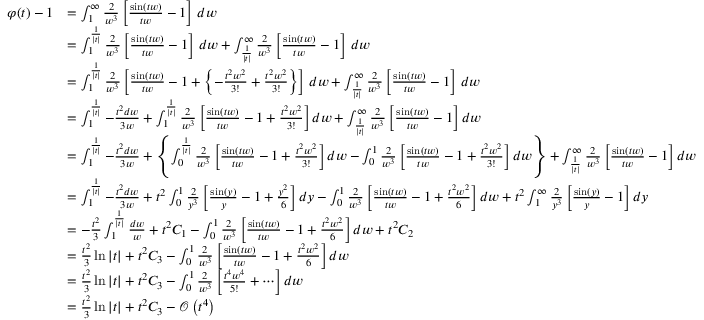
{ \begin{array} { r l } { \varphi ( t ) - 1 } & { = \int _ { 1 } ^ { \infty } { \frac { 2 } { w ^ { 3 } } } \left[ { \frac { \sin ( t w ) } { t w } } - 1 \right] \, d w } \\ & { = \int _ { 1 } ^ { \frac { 1 } { | t | } } { \frac { 2 } { w ^ { 3 } } } \left[ { \frac { \sin ( t w ) } { t w } } - 1 \right] \, d w + \int _ { \frac { 1 } { | t | } } ^ { \infty } { \frac { 2 } { w ^ { 3 } } } \left[ { \frac { \sin ( t w ) } { t w } } - 1 \right] \, d w } \\ & { = \int _ { 1 } ^ { \frac { 1 } { | t | } } { \frac { 2 } { w ^ { 3 } } } \left[ { \frac { \sin ( t w ) } { t w } } - 1 + \left\{ - { \frac { t ^ { 2 } w ^ { 2 } } { 3 ! } } + { \frac { t ^ { 2 } w ^ { 2 } } { 3 ! } } \right\} \right] \, d w + \int _ { \frac { 1 } { | t | } } ^ { \infty } { \frac { 2 } { w ^ { 3 } } } \left[ { \frac { \sin ( t w ) } { t w } } - 1 \right] \, d w } \\ & { = \int _ { 1 } ^ { \frac { 1 } { | t | } } - { \frac { t ^ { 2 } d w } { 3 w } } + \int _ { 1 } ^ { \frac { 1 } { | t | } } { \frac { 2 } { w ^ { 3 } } } \left[ { \frac { \sin ( t w ) } { t w } } - 1 + { \frac { t ^ { 2 } w ^ { 2 } } { 3 ! } } \right] d w + \int _ { \frac { 1 } { | t | } } ^ { \infty } { \frac { 2 } { w ^ { 3 } } } \left[ { \frac { \sin ( t w ) } { t w } } - 1 \right] d w } \\ & { = \int _ { 1 } ^ { \frac { 1 } { | t | } } - { \frac { t ^ { 2 } d w } { 3 w } } + \left\{ \int _ { 0 } ^ { \frac { 1 } { | t | } } { \frac { 2 } { w ^ { 3 } } } \left[ { \frac { \sin ( t w ) } { t w } } - 1 + { \frac { t ^ { 2 } w ^ { 2 } } { 3 ! } } \right] d w - \int _ { 0 } ^ { 1 } { \frac { 2 } { w ^ { 3 } } } \left[ { \frac { \sin ( t w ) } { t w } } - 1 + { \frac { t ^ { 2 } w ^ { 2 } } { 3 ! } } \right] d w \right\} + \int _ { \frac { 1 } { | t | } } ^ { \infty } { \frac { 2 } { w ^ { 3 } } } \left[ { \frac { \sin ( t w ) } { t w } } - 1 \right] d w } \\ & { = \int _ { 1 } ^ { \frac { 1 } { | t | } } - { \frac { t ^ { 2 } d w } { 3 w } } + t ^ { 2 } \int _ { 0 } ^ { 1 } { \frac { 2 } { y ^ { 3 } } } \left[ { \frac { \sin ( y ) } { y } } - 1 + { \frac { y ^ { 2 } } { 6 } } \right] d y - \int _ { 0 } ^ { 1 } { \frac { 2 } { w ^ { 3 } } } \left[ { \frac { \sin ( t w ) } { t w } } - 1 + { \frac { t ^ { 2 } w ^ { 2 } } { 6 } } \right] d w + t ^ { 2 } \int _ { 1 } ^ { \infty } { \frac { 2 } { y ^ { 3 } } } \left[ { \frac { \sin ( y ) } { y } } - 1 \right] d y } \\ & { = - { \frac { t ^ { 2 } } { 3 } } \int _ { 1 } ^ { \frac { 1 } { | t | } } { \frac { d w } { w } } + t ^ { 2 } C _ { 1 } - \int _ { 0 } ^ { 1 } { \frac { 2 } { w ^ { 3 } } } \left[ { \frac { \sin ( t w ) } { t w } } - 1 + { \frac { t ^ { 2 } w ^ { 2 } } { 6 } } \right] d w + t ^ { 2 } C _ { 2 } } \\ & { = { \frac { t ^ { 2 } } { 3 } } \ln | t | + t ^ { 2 } C _ { 3 } - \int _ { 0 } ^ { 1 } { \frac { 2 } { w ^ { 3 } } } \left[ { \frac { \sin ( t w ) } { t w } } - 1 + { \frac { t ^ { 2 } w ^ { 2 } } { 6 } } \right] d w } \\ & { = { \frac { t ^ { 2 } } { 3 } } \ln | t | + t ^ { 2 } C _ { 3 } - \int _ { 0 } ^ { 1 } { \frac { 2 } { w ^ { 3 } } } \left[ { \frac { t ^ { 4 } w ^ { 4 } } { 5 ! } } + \cdots \right] d w } \\ & { = { \frac { t ^ { 2 } } { 3 } } \ln | t | + t ^ { 2 } C _ { 3 } - { \mathcal { O } } \left( t ^ { 4 } \right) } \end{array} }